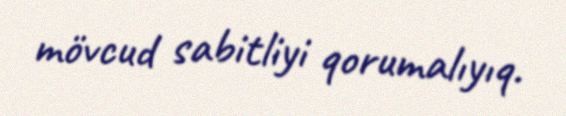
mövcud sabitliyi qorumalıyıq.